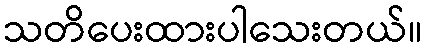
သတိပေးထားပါသေးတယ်။